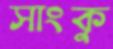
সাংকু